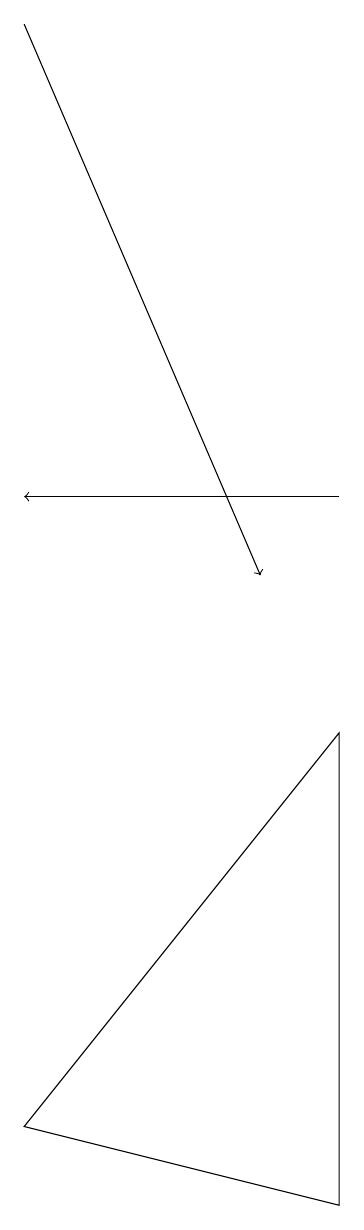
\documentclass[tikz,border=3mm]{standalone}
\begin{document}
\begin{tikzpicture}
\draw (8,8) -- (8,2) -- (4,3) -- cycle;
\draw[->] (4,17) -- (7,10);
\draw[->] (8,11) -- (4,11);
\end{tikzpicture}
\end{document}